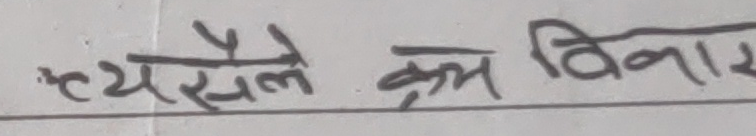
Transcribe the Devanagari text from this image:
त्यसैले क्रम विकार